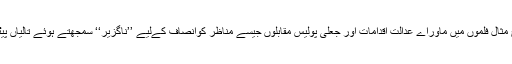
اس کی واضح مثال فلموں میں ماوراے عدالت اقدامات اور جعلی پولیس مقابلوں جیسے مناظر کوانصاف کےلیے ’’ناگزیر‘‘ سمجھتے ہوئے تالیاں پیٹتے لوگ ہیں۔